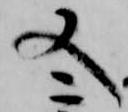
又